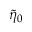
\tilde { \eta } _ { 0 }